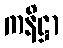
ကနိဋ္ဌာ